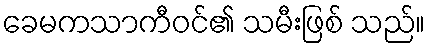
ခေမကသာကီဝင်၏ သမီးဖြစ် သည်။